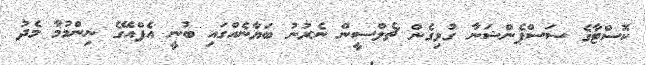
ކޮސްޓާގެ ސަސްޕެންޝަނާ ގުޅިގެން ޗެލްސީން ނެރުނު ބަޔާނެއްގައި ބުނީ އެފްއޭގެ ނިންމުމާ މެދު